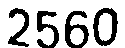
2560